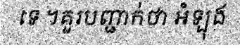
ទេ ។គួរបញ្ជាក់ថា អំឡុង